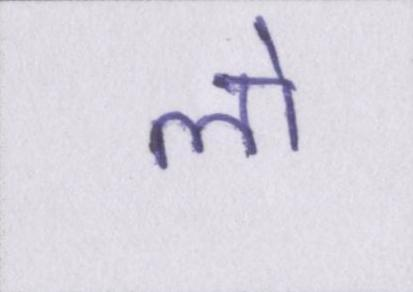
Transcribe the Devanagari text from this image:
लो